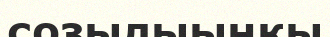
созылыыңқы